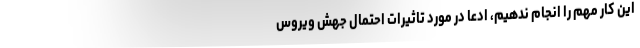
این کار مهم را انجام ندهیم، ادعا در مورد تاثیرات احتمال جهش ویروس